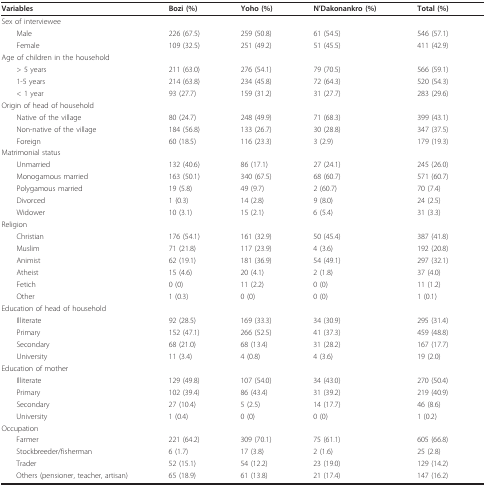
<table><thead><tr><td><b>Variables</b></td><td><b>Bozi (%)</b></td><td><b>Yoho (%)</b></td><td><b>N&#x27;Dakonankro (%)</b></td><td><b>Total (%)</b></td></tr></thead><tbody><tr><td colspan="2">Sex of interviewee</td><td></td><td></td><td></td></tr><tr><td> Male</td><td>226 (67.5)</td><td>259 (50.8)</td><td>61 (54.5)</td><td>546 (57.1)</td></tr><tr><td> Female</td><td>109 (32.5)</td><td>251 (49.2)</td><td>51 (45.5)</td><td>411 (42.9)</td></tr><tr><td colspan="3">Age of children in the household</td><td></td><td></td></tr><tr><td> &gt; 5 years</td><td>211 (63.0)</td><td>276 (54.1)</td><td>79 (70.5)</td><td>566 (59.1)</td></tr><tr><td> 1-5 years</td><td>214 (63.8)</td><td>234 (45.8)</td><td>72 (64.3)</td><td>520 (54.3)</td></tr><tr><td> &lt; 1 year</td><td>93 (27.7)</td><td>159 (31.2)</td><td>31 (27.7)</td><td>283 (29.6)</td></tr><tr><td colspan="3">Origin of head of household</td><td></td><td></td></tr><tr><td> Native of the village</td><td>80 (24.7)</td><td>248 (49.9)</td><td>71 (68.3)</td><td>399 (43.1)</td></tr><tr><td> Non-native of the village</td><td>184 (56.8)</td><td>133 (26.7)</td><td>30 (28.8)</td><td>347 (37.5)</td></tr><tr><td> Foreign</td><td>60 (18.5)</td><td>116 (23.3)</td><td>3 (2.9)</td><td>179 (19.3)</td></tr><tr><td colspan="2">Matrimonial status</td><td></td><td></td><td></td></tr><tr><td> Unmarried</td><td>132 (40.6)</td><td>86 (17.1)</td><td>27 (24.1)</td><td>245 (26.0)</td></tr><tr><td> Monogamous married</td><td>163 (50.1)</td><td>340 (67.5)</td><td>68 (60.7)</td><td>571 (60.7)</td></tr><tr><td> Polygamous married</td><td>19 (5.8)</td><td>49 (9.7)</td><td>2 (60.7)</td><td>70 (7.4)</td></tr><tr><td> Divorced</td><td>1 (0.3)</td><td>14 (2.8)</td><td>9 (8.0)</td><td>24 (2.5)</td></tr><tr><td> Widower</td><td>10 (3.1)</td><td>15 (2.1)</td><td>6 (5.4)</td><td>31 (3.3)</td></tr><tr><td>Religion</td><td></td><td></td><td></td><td></td></tr><tr><td> Christian</td><td>176 (54.1)</td><td>161 (32.9)</td><td>50 (45.4)</td><td>387 (41.8)</td></tr><tr><td> Muslim</td><td>71 (21.8)</td><td>117 (23.9)</td><td>4 (3.6)</td><td>192 (20.8)</td></tr><tr><td> Animist</td><td>62 (19.1)</td><td>181 (36.9)</td><td>54 (49.1)</td><td>297 (32.1)</td></tr><tr><td> Atheist</td><td>15 (4.6)</td><td>20 (4.1)</td><td>2 (1.8)</td><td>37 (4.0)</td></tr><tr><td> Fetich</td><td>0 (0)</td><td>11 (2.2)</td><td>0 (0)</td><td>11 (1.2)</td></tr><tr><td> Other</td><td>1 (0.3)</td><td>0 (0)</td><td>0 (0)</td><td>1 (0.1)</td></tr><tr><td colspan="3">Education of head of household</td><td></td><td></td></tr><tr><td> Illiterate</td><td>92 (28.5)</td><td>169 (33.3)</td><td>34 (30.9)</td><td>295 (31.4)</td></tr><tr><td> Primary</td><td>152 (47.1)</td><td>266 (52.5)</td><td>41 (37.3)</td><td>459 (48.8)</td></tr><tr><td> Secondary</td><td>68 (21.0)</td><td>68 (13.4)</td><td>31 (28.2)</td><td>167 (17.7)</td></tr><tr><td> University</td><td>11 (3.4)</td><td>4 (0.8)</td><td>4 (3.6)</td><td>19 (2.0)</td></tr><tr><td>Education of mother</td><td></td><td></td><td></td><td></td></tr><tr><td> Illiterate</td><td>129 (49.8)</td><td>107 (54.0)</td><td>34 (43.0)</td><td>270 (50.4)</td></tr><tr><td> Primary</td><td>102 (39.4)</td><td>86 (43.4)</td><td>31 (39.2)</td><td>219 (40.9)</td></tr><tr><td> Secondary</td><td>27 (10.4)</td><td>5 (2.5)</td><td>14 (17.7)</td><td>46 (8.6)</td></tr><tr><td> University</td><td>1 (0.4)</td><td>0 (0)</td><td>0 (0)</td><td>1 (0.2)</td></tr><tr><td>Occupation</td><td></td><td></td><td></td><td></td></tr><tr><td> Farmer</td><td>221 (64.2)</td><td>309 (70.1)</td><td>75 (61.1)</td><td>605 (66.8)</td></tr><tr><td> Stockbreeder/fisherman</td><td>6 (1.7)</td><td>17 (3.8)</td><td>2 (1.6)</td><td>25 (2.8)</td></tr><tr><td> Trader</td><td>52 (15.1)</td><td>54 (12.2)</td><td>23 (19.0)</td><td>129 (14.2)</td></tr><tr><td> Others (pensioner, teacher, artisan)</td><td>65 (18.9)</td><td>61 (13.8)</td><td>21 (17.4)</td><td>147 (16.2)</td></tr></tbody></table>